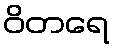
ဝိတရေ